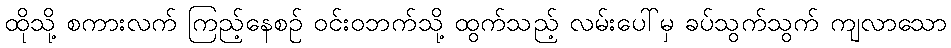
ထိုသို့ စကားလက် ကြည့်နေစဉ် ဝင်းဝဘက်သို့ ထွက်သည့် လမ်းပေါ်မှ ခပ်သွက်သွက် ကျလာသော